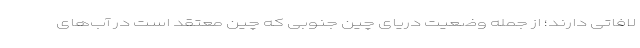
لافاتی دارند؛ از جمله وضعیت دریای چین جنوبی که چین معتقد است در آب‌های